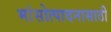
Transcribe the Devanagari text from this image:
मांसोत्पादनासाठी